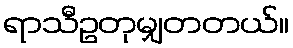
ရာသီဥတုမျှတတယ်။